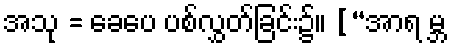
အသု = ခေပေ ပစ်လွှတ်ခြင်း၌။ [“အာရ မ္ဘ